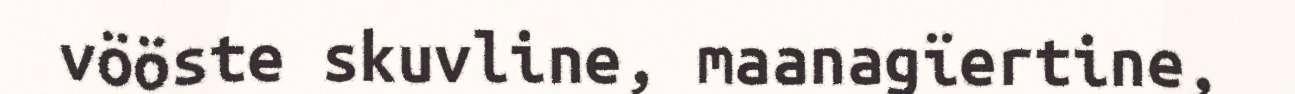
vööste skuvline, maanagïertine,